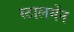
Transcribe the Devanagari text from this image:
स्टालमेंन